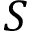
S